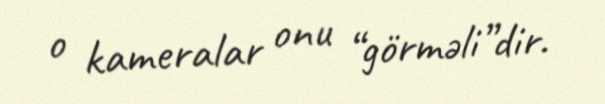
o kameralar onu “görməli”dir.